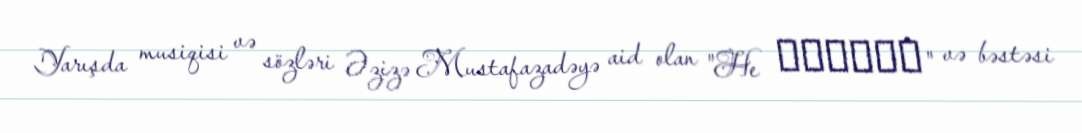
Yarışda musiqisi və sözləri Əzizə Mustafazadəyə aid olan "He Улетай" və bəstəsi